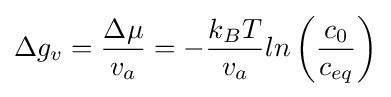
\Delta g_{v}={\frac {\Delta \mu }{v_{a}}}=-{\frac {k_{B}T}{v_{a}}}ln\left({\frac {c_{0}}{c_{eq}}}\right)